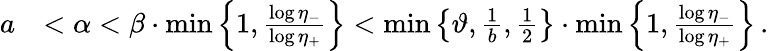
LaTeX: \begin{array}{rl}{a}&{<\alpha<\beta\cdot\operatorname*{min}\left\{ 1,\frac{\log\eta_{-}}{\log\eta_{+}}\right\} <\operatorname*{min}\left\{ \vartheta,\frac{1}{b},\frac{1}{2}\right\} \cdot\operatorname*{min}\left\{ 1,\frac{\log\eta_{-}}{\log\eta_{+}}\right\} \, .}\end{array}